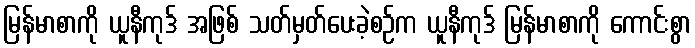
မြန်မာစာကို ယူနီကုဒ် အဖြစ် သတ်မှတ်ပေးခဲ့စဉ်က ယူနီကုဒ် မြန်မာစာကို ကောင်းစွာ